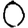
Digit: 0